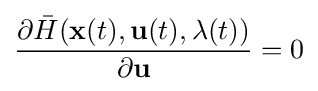
{\frac {\partial {\bar {H}}(\mathbf {x} (t),\mathbf {u} (t),\mathbf {\lambda } (t))}{\partial \mathbf {u} }}=0